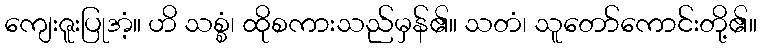
ကျေးဇူးပြုအံ့။ ဟိ သစ္စံ၊ ထိုစကားသည်မှန်၏။ သတံ၊ သူတော်ကောင်းတို့၏။